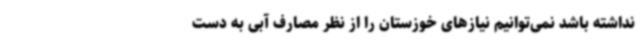
نداشته باشد نمی‌توانیم نیازهای خوزستان را از نظر مصارف آبی به دست